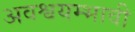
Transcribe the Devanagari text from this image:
अवश्वयम्भावी